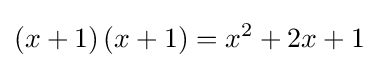
\left(x+1\right)\left(x+1\right)=x^{2}+2x+1